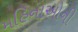
મહિનાઓની